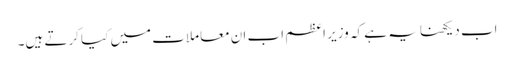
اب دیکھنا یہ ہے کہ وزیر اعظم اب ان معاملات میں کیا کرتے ہیں۔